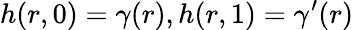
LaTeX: h(r,0)=\gamma(r),h(r,1)=\gamma^{\prime}(r)